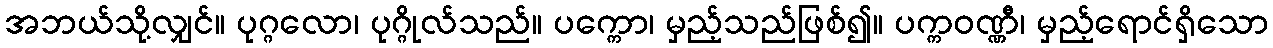
အဘယ်သို့လျှင်။ ပုဂ္ဂလော၊ ပုဂ္ဂိုလ်သည်။ ပက္ကော၊ မှည့်သည်ဖြစ်၍။ ပက္ကဝဏ္ဏီ၊ မှည့်ရောင်ရှိသော